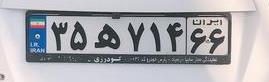
۳۵ه۷۱۴۶۶